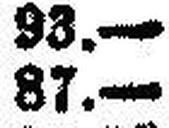
87.—